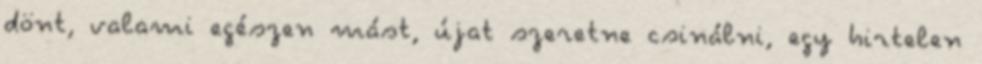
dönt, valami egészen mást, újat szeretne csinálni, egy hirtelen